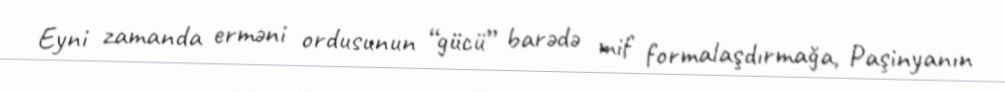
Eyni zamanda erməni ordusunun “gücü” barədə mif formalaşdırmağa, Paşinyanın